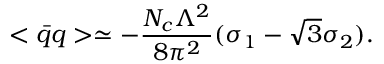
< \bar { q } q > \simeq - \frac { N _ { c } \Lambda ^ { 2 } } { 8 \pi ^ { 2 } } ( \sigma _ { 1 } - \sqrt { 3 } \sigma _ { 2 } ) .